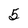
Character: 5